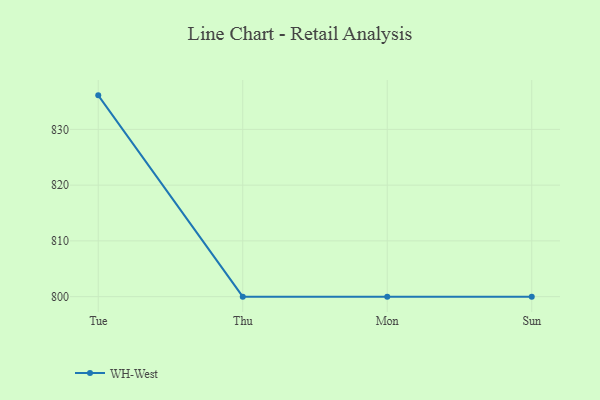
{"axis": {"x": "Day", "y": "Temperature (°C)"}, "legend": ["WH-West"], "data": [{"x": "Tue", "y": 836.1, "type": "WH-West"}, {"x": "Thu", "y": 800, "type": "WH-West"}, {"x": "Mon", "y": 800, "type": "WH-West"}, {"x": "Sun", "y": 800, "type": "WH-West"}]}